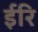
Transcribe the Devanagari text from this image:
ईरि